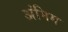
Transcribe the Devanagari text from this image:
अंमिम